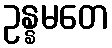
ဥန္နမတေ